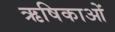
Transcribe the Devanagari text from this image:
ऋषिकाओं